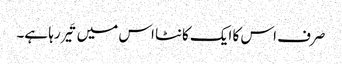
صرف اس کا ایک کانٹا اس میں تَیر رہا ہے۔